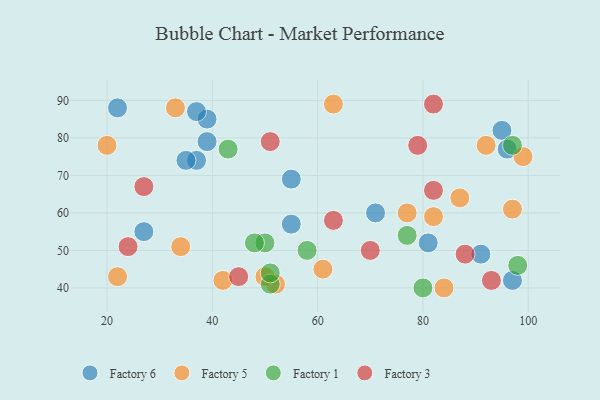
{"axis": {"x": "GDP", "y": "Life Expectancy"}, "legend": ["Factory 1", "Factory 3", "Factory 5", "Factory 6"], "data": [{"x": "55", "y": 69, "type": "Factory 6"}, {"x": "81", "y": 52, "type": "Factory 6"}, {"x": "91", "y": 49, "type": "Factory 6"}, {"x": "37", "y": 74, "type": "Factory 6"}, {"x": "22", "y": 88, "type": "Factory 6"}, {"x": "71", "y": 60, "type": "Factory 6"}, {"x": "39", "y": 85, "type": "Factory 6"}, {"x": "35", "y": 74, "type": "Factory 6"}, {"x": "95", "y": 82, "type": "Factory 6"}, {"x": "39", "y": 79, "type": "Factory 6"}, {"x": "97", "y": 42, "type": "Factory 6"}, {"x": "55", "y": 57, "type": "Factory 6"}, {"x": "37", "y": 87, "type": "Factory 6"}, {"x": "96", "y": 77, "type": "Factory 6"}, {"x": "27", "y": 55, "type": "Factory 6"}, {"x": "33", "y": 88, "type": "Factory 5"}, {"x": "22", "y": 43, "type": "Factory 5"}, {"x": "84", "y": 40, "type": "Factory 5"}, {"x": "77", "y": 60, "type": "Factory 5"}, {"x": "52", "y": 41, "type": "Factory 5"}, {"x": "42", "y": 42, "type": "Factory 5"}, {"x": "50", "y": 43, "type": "Factory 5"}, {"x": "92", "y": 78, "type": "Factory 5"}, {"x": "20", "y": 78, "type": "Factory 5"}, {"x": "97", "y": 61, "type": "Factory 5"}, {"x": "61", "y": 45, "type": "Factory 5"}, {"x": "82", "y": 59, "type": "Factory 5"}, {"x": "63", "y": 89, "type": "Factory 5"}, {"x": "99", "y": 75, "type": "Factory 5"}, {"x": "34", "y": 51, "type": "Factory 5"}, {"x": "87", "y": 64, "type": "Factory 5"}, {"x": "98", "y": 46, "type": "Factory 1"}, {"x": "80", "y": 40, "type": "Factory 1"}, {"x": "77", "y": 54, "type": "Factory 1"}, {"x": "50", "y": 52, "type": "Factory 1"}, {"x": "48", "y": 52, "type": "Factory 1"}, {"x": "51", "y": 41, "type": "Factory 1"}, {"x": "43", "y": 77, "type": "Factory 1"}, {"x": "58", "y": 50, "type": "Factory 1"}, {"x": "51", "y": 44, "type": "Factory 1"}, {"x": "97", "y": 78, "type": "Factory 1"}, {"x": "79", "y": 78, "type": "Factory 3"}, {"x": "93", "y": 42, "type": "Factory 3"}, {"x": "70", "y": 50, "type": "Factory 3"}, {"x": "82", "y": 66, "type": "Factory 3"}, {"x": "27", "y": 67, "type": "Factory 3"}, {"x": "88", "y": 49, "type": "Factory 3"}, {"x": "63", "y": 58, "type": "Factory 3"}, {"x": "45", "y": 43, "type": "Factory 3"}, {"x": "82", "y": 89, "type": "Factory 3"}, {"x": "24", "y": 51, "type": "Factory 3"}, {"x": "51", "y": 79, "type": "Factory 3"}]}